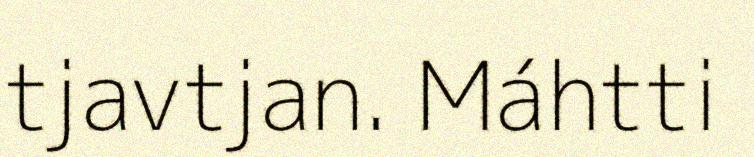
tjavtjan. Máhtti